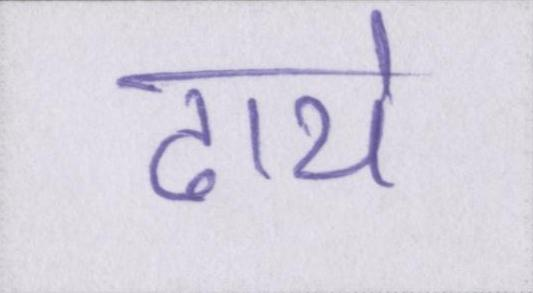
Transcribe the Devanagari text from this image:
ढाये